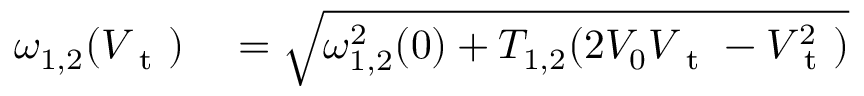
\begin{array} { r l } { \omega _ { 1 , 2 } ( V _ { \mathrm { ~ t ~ } } ) } & { { } = \sqrt { \omega _ { 1 , 2 } ^ { 2 } ( 0 ) + T _ { 1 , 2 } ( 2 V _ { 0 } V _ { \mathrm { ~ t ~ } } - V _ { \mathrm { ~ t ~ } } ^ { 2 } ) } } \end{array}